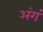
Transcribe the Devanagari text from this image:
अंगं